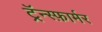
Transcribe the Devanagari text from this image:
ट्रॅन्स्फ़ार्मर